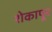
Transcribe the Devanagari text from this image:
शेकापूर